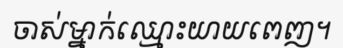
ចាស់ម្នាក់ឈ្មោះយាយពេញ។